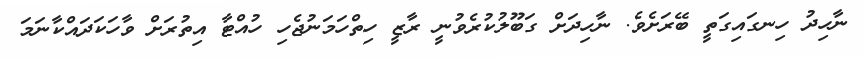
ނާހިދު ހިނގައިގަތީ ބޭރަށެވެ. ނާހިދަށް ގަބޫލުކުރެވުނީ ރާޒީ ހިތްހަމަނުޖެހި ހުއްޓާ އިތުރަށް ވާހަކަދައްކާނަމަ